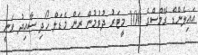
އައިލެންޑް ގޭމްސްގެ 100 މީޓަރު ދުވުމުން ރަން މެޑަލް ހޯދި ސާއިދު ވަނީ